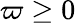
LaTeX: \varpi\ge 0